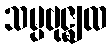
သမ္ပဗုဇ္ဈထ